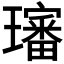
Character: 𤪺